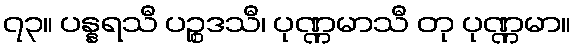
၇၃။ ပန္နရသီ ပဉ္စဒသီ၊ ပုဏ္ဏမာသီ တု ပုဏ္ဏမာ။